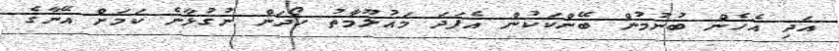
އަދި އެހެން ބުނުމުން ބޭންކަކުން އެފަދަ މައުލޫމާތު ހޯދަން ނުގުޅާނެ ކަމަށް އޭނާގެ